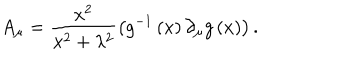
A _ { \mu } = \frac { x ^ { 2 } } { x ^ { 2 } + \lambda ^ { 2 } } \left( g ^ { - 1 } \left( x \right) \partial _ { \mu } g \left( x \right) \right) .